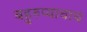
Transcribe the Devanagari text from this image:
बहुरुप्याचाच